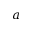
a